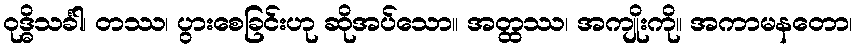
ဝုဒ္ဓိသင်္ခါ၊ တဿ၊ ပွားစေခြင်းဟု ဆိုအပ်သော။ အတ္ထဿ၊ အကျိုးကို။ အကာမနတော၊